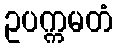
ဥပက္ကမတံ